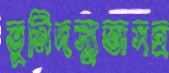
ভূমিদস্যুতাসহ